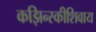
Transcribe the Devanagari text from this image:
कझिन्स्कीशिवाय